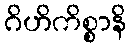
ဂိဟိကိစ္စာနိ